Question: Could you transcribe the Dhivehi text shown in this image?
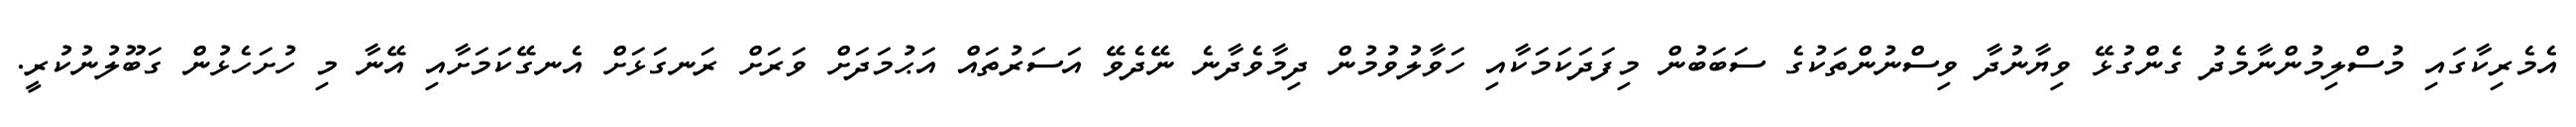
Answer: އެމެރިކާގައި މުސްލިމުންނާމެދު ގެންގުޅޭ ވިޔާނުދާ ވިސްނުންތަކުގެ ސަބަބުން މިފަދަކަމަކާއި ހަވާލުވުމުން ދިމާވެދާނެ ނޭދެވޭ އަސަރުތައް އަޙުމަދަށް ވަރަށް ރަނގަޅަށް އެނގޭކަމަށާއި އޭނާ މި ހުށަހެޅުން ގަބޫލުނުކުރީ.